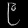
Digit: ၉